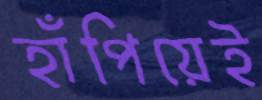
হাঁপিয়েই